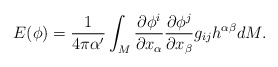
\begin{align*}E(\phi)=\frac{1}{4\pi\alpha'}\int_M\frac{\partial\phi^i}{\partial x_\alpha}\frac{\partial\phi^j}{\partial x_\beta}g_{ij}h^{\alpha\beta}dM.\end{align*}